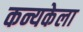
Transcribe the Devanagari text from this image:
कन्यकेला